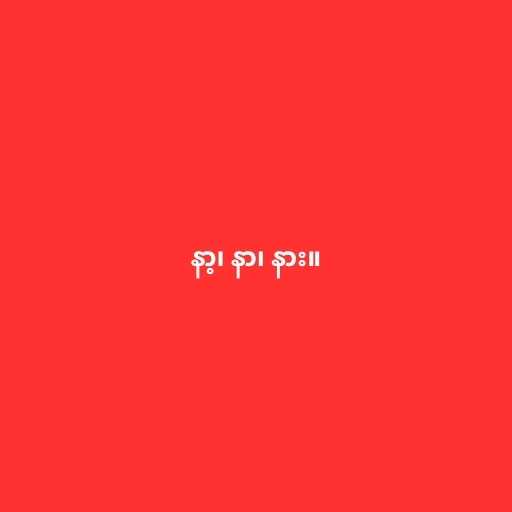
နာ့၊ နာ၊ နား။